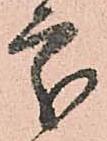
處